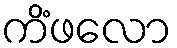
ကိံဖလော